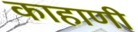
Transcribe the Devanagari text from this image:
काहाणी